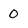
Character: 0